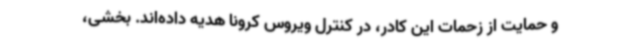
و حمایت از زحمات این کادر، در کنترل ویروس کرونا هدیه داده‌اند. بخشی،